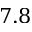
7 . 8